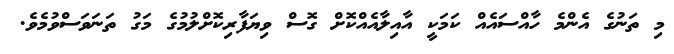
މި ތަނުގެ އެންމެ ހާއްސައެއް ކަމަކީ އާއިލާއެއްކޮށް ގޮސް ވިޔަފާރިކޮށްލުމުގެ މަގު ތަނަވަސްވުމެވެ.